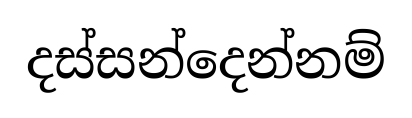
දස්සන්දෙන්නම්